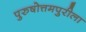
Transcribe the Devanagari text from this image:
पुरुषोत्तमपुरीला